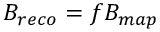
B _ { r e c o } = f B _ { m a p }